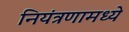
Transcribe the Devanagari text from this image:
नियंत्रणामध्ये